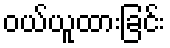
ဝယ်ယူထားခြင်း